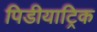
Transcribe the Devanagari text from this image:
पिडीयाट्रिक